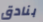
بنادق